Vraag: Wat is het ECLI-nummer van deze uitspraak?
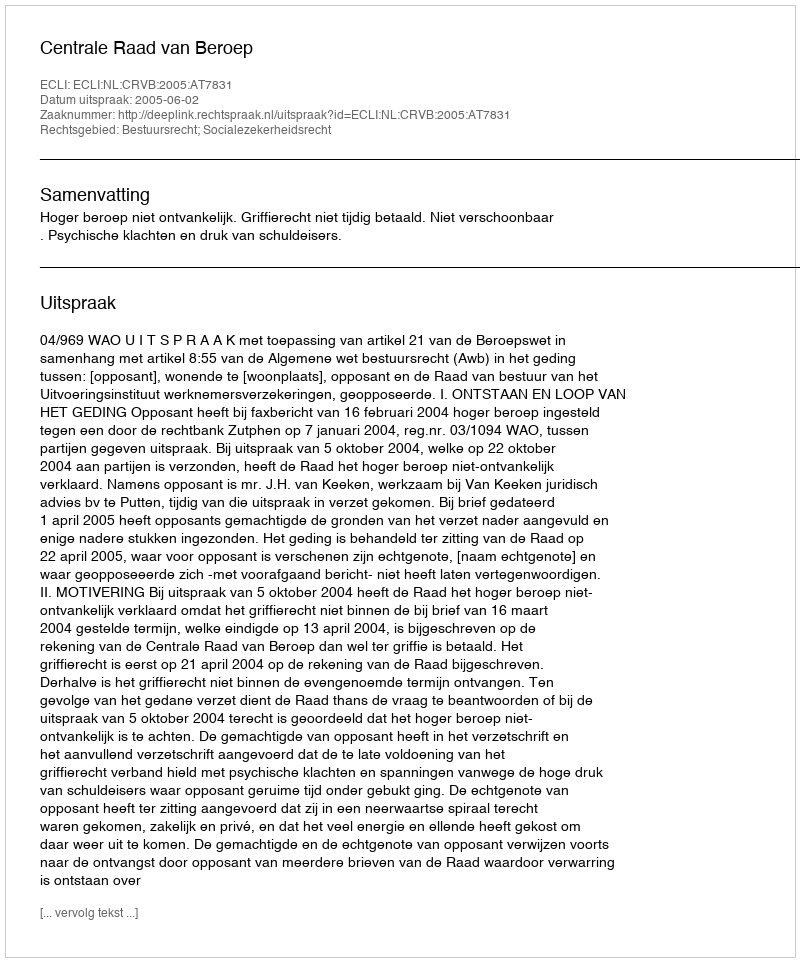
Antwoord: ECLI:NL:CRVB:2005:AT7831